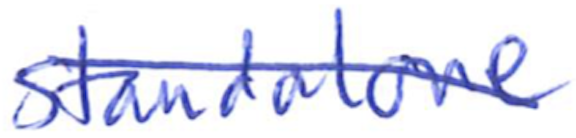
Text: standalone
Cross-out: diagonal
Writing tool: ballpoint